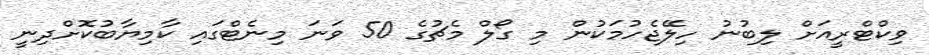
ވިކްޓްރީއަށް ލިބުނު ހިލޭޖެހުމަކުން މި ގޯލް މެޗުގެ 50 ވަނަ މިނެޓްގައި ކާމިޔާބުކޮށްދިނީ